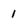
Character: 1